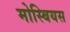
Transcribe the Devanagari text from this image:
मोस्बियस